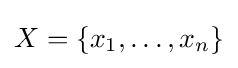
X=\{x_{1},\dots ,x_{n}\}